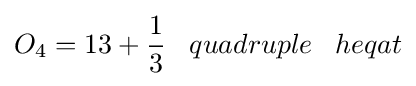
O_{4}=13+{\frac {1}{3}}\;\;\;quadruple\;\;\;heqat